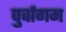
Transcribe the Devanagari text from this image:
पुर्वागम